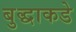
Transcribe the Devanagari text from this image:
बुद्धाकडे